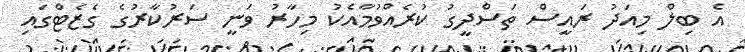
އެ ބިލް މިއަދު ރައީސް ތަސްދީގު ކުރެއްވުމާއެކު މިހާރު ވަނީ ސަރުކާރުގެ ގެޒެޓްގައި